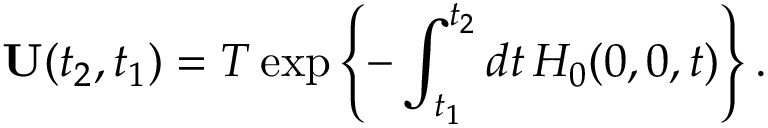
\mathbf { U } ( t _ { 2 } , t _ { 1 } ) = T \exp \left\{ - \int _ { t _ { 1 } } ^ { t _ { 2 } } d t \, H _ { 0 } ( 0 , 0 , t ) \right\} .